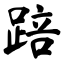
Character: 踣